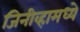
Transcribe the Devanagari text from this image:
जिनीव्हामध्ये